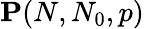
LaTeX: \mathbf{P}(N,N_{0},p)